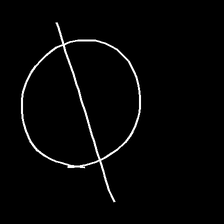
Glyph: orb